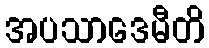
အပသာဒေမီတိ